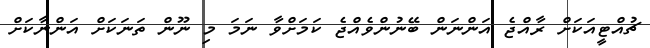
ޗުއްޓީއަކަށް ރާއްޖެ އަންނަން ބޭނުންވެއްޖެ ކަމަށްވާ ނަމަ މި ނޫން ތަނަކަށް އަންނާކަށް